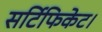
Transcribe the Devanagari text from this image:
सर्टिफिकेट।